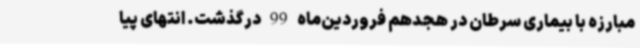
مبارزه با بیماری سرطان در هجدهم فروردین‌ماه 99 درگذشت. انتهای پیا